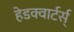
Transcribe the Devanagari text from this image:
हेडक्वार्टर्स्